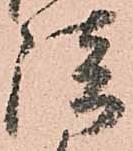
談